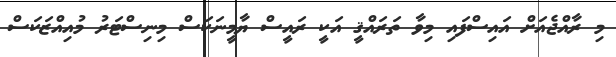
މި ރާއްޖެއަށް އައިސްފައި މިވާ ތަރައްޤީ އަކީ ރައީސް ޔާމީނަކަސް މިނިސްޓަރު މުއިއްޒަކަސް